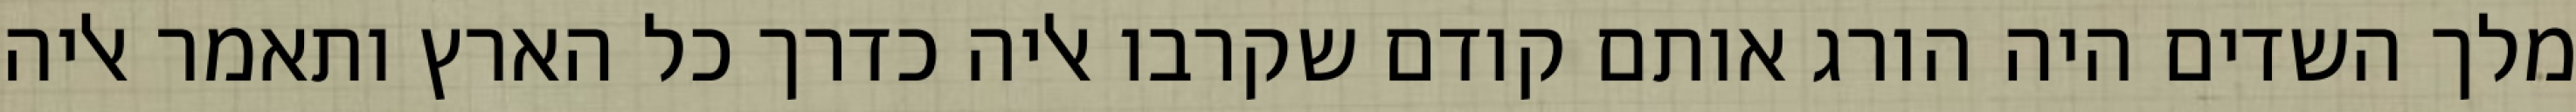
מלך השדים היה הורג אותם קודם שקרבו אליה כדרך כל הארץ ותאמר אליה